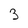
Character: 3